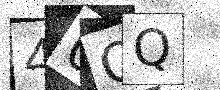
Text: 40OQ